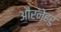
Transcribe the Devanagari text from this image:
औरनेहरु